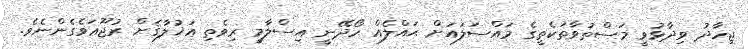
ޖިހާދު ވިދާޅުވީ މަސްތުވާތަކެތީގެ މައްސަލައަށް ޙައްލެއް ހޯދޭނީ އިސްލާމީ ރިވެތި އަޚުލާޤަށް ރުޖޫޢަވެގެންނެވެ.